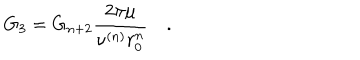
G _ { 3 } = G _ { n + 2 } \frac { 2 \pi \mu } { \nu ^ { ( n ) } r _ { 0 } ^ { n } } \quad .